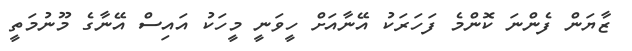
ޒާޔަން ފެންނަ ކޮންމެ ފަހަރަކު އޭނާއަށް ހީވަނީ މީހަކު އައިސް އޭނާގެ މޫނުމަތީ